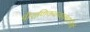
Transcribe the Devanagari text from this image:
पौराणिककथाकहानियों